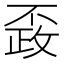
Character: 𰀚